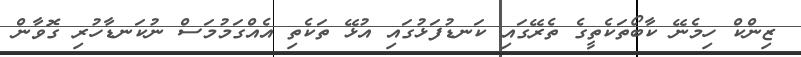
ޒިންކް ހިމެނޭ ކާބޯތަކެތީގެ ތެރޭގައި ކަނޑުފަޅުގައި އުޅޭ ތަކެތި އެއްގަމުމަސް ނުކަނޑާހުރި ގޮވާން